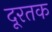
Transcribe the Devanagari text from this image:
दूरतक